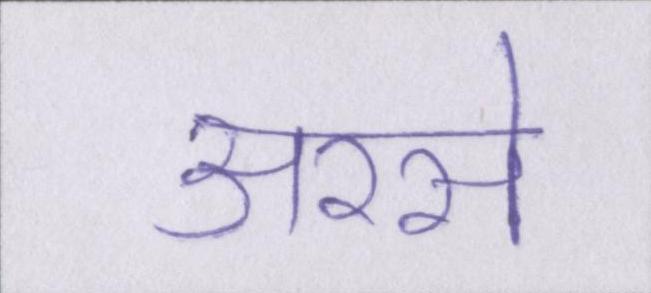
अरसे